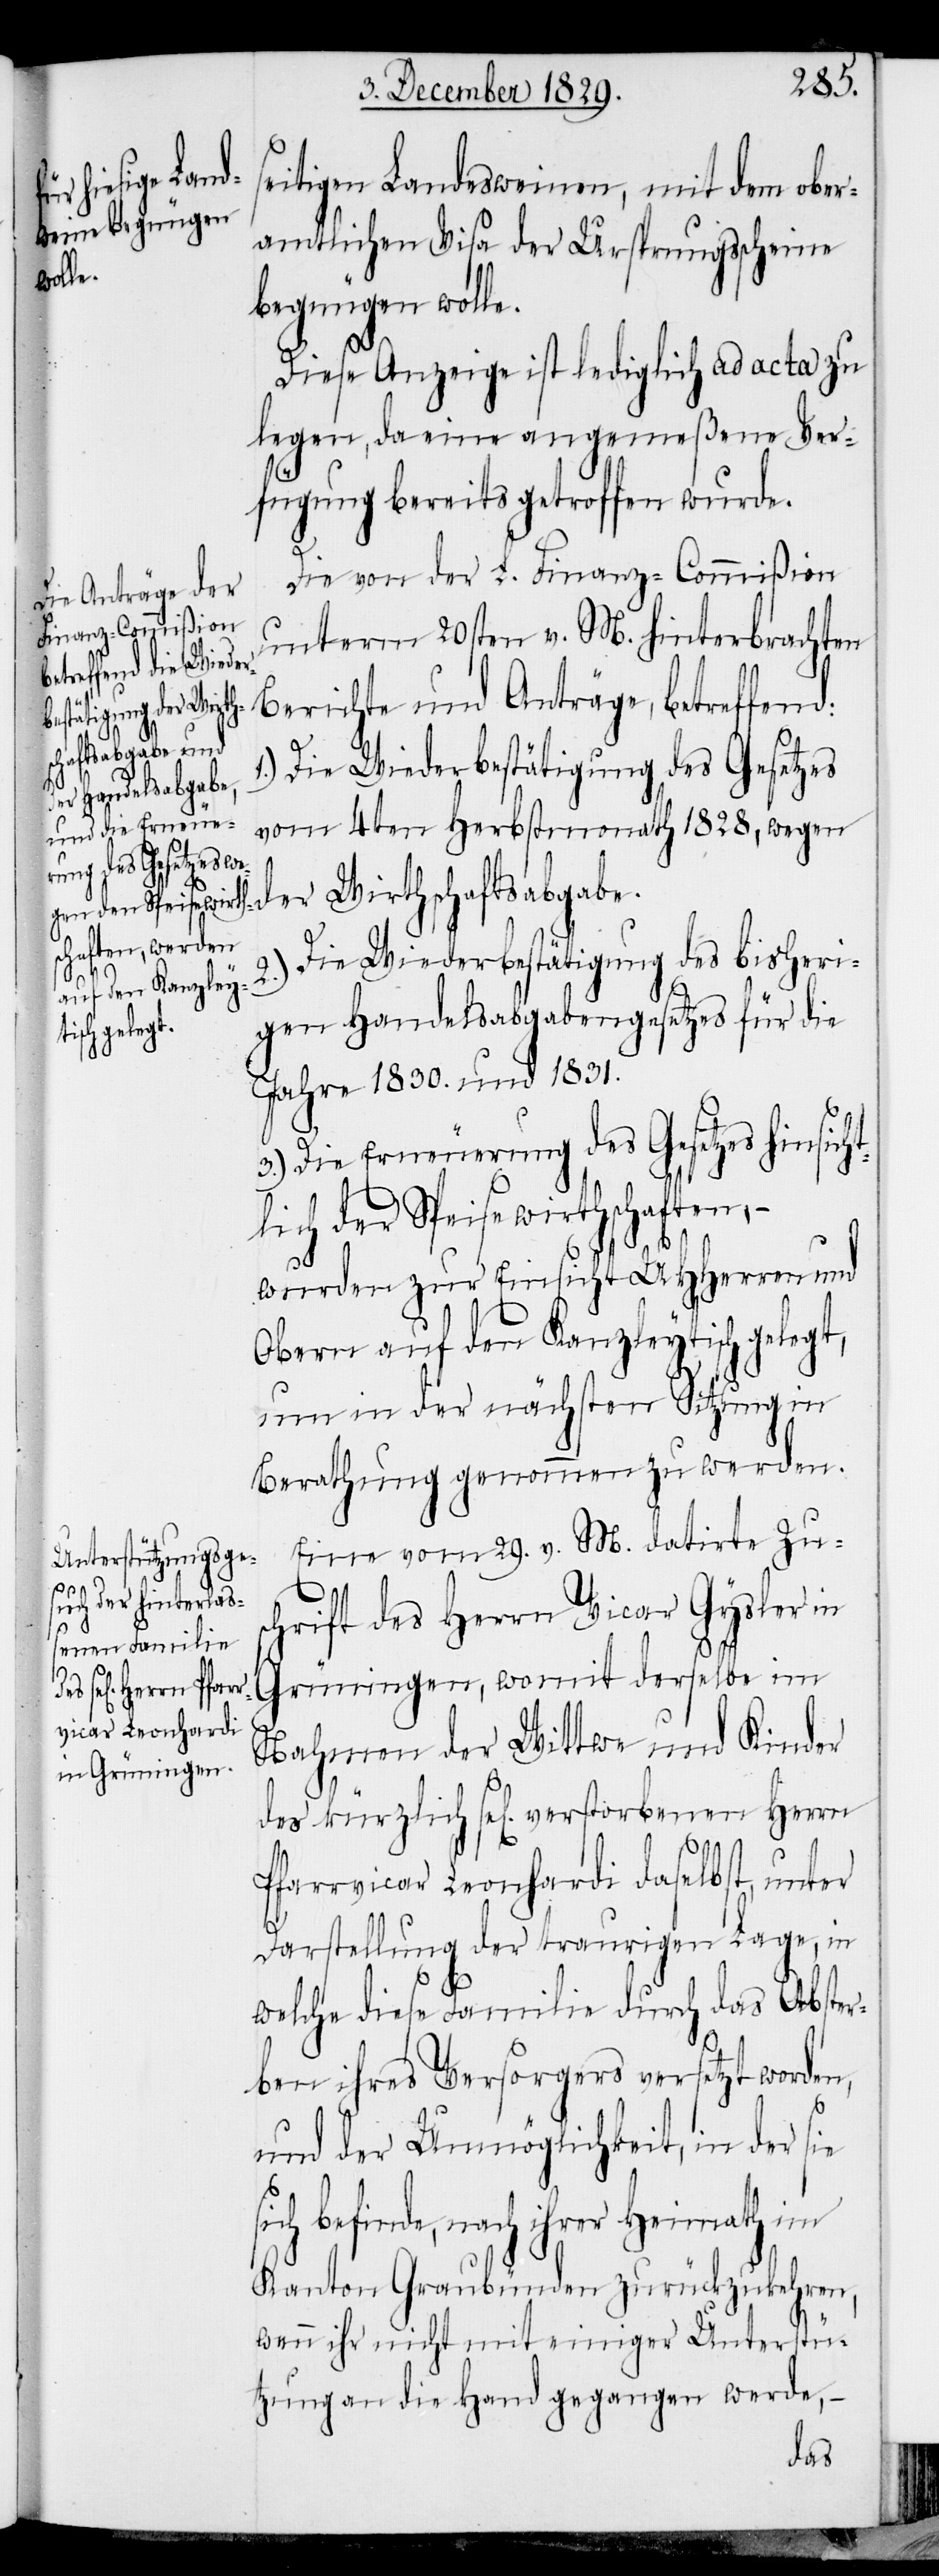
seitigen Landesweinen, mit dem ober¬
amtlichen Visa der Ursprungsscheine
bezeugen wolle.
Diese Anzeige ist lediglich ad acta zu
legen, da eine angemeßene Ver¬
fügung bereits getroffen wurde.
Die von der L. Finanz-Commißion
unterm 20sten v. M. hinterbrachten
Berichte und Anträge, betreffend:
Die Wiederbestätigung des Gesetzes
vom 4ten Herbstmonath 1828, wegen
der Wirthschaftsabgabe.
2.) Die Wiederbestätigung des bisheri¬
gen Handelsabgabengesetzes für die
sich bef¬
Jahre 1830. und 1831.
3.) Die Erneuerung des Gesetzes hinsich¬
tlich der Speisewirthschaften, –
1.)
wurden zur Einsicht UHHerren und
Obern auf den Kanzleytisch gelegt,
um in der nächsten Sitzung in
Berathung genommen zu werden.
Eine vom 29.v. M. datirte Zus¬
chrift des Herrn Vicar Gysler in
Grüningen, womit derselbe im
verstorbenen Herrn
Nahmen der Wittwe und Kinder
Pfarrvicar Leonhardi daselbst, unter
Darstellung der traurigen Lage, in
welche diese Familie durch das Abster¬
ben ihres Versorgers versetzt worden,
und der Unmöglichkeit, in der sie
inde, nach ihrer Heimath im
Kanton Graubünden zurückzukehren,
wenn ihr nicht mit einiger Unterstü¬
tzung an die Hand gegangen werde,
des